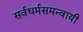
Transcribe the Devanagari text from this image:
सर्वधर्मसमन्‍वायी